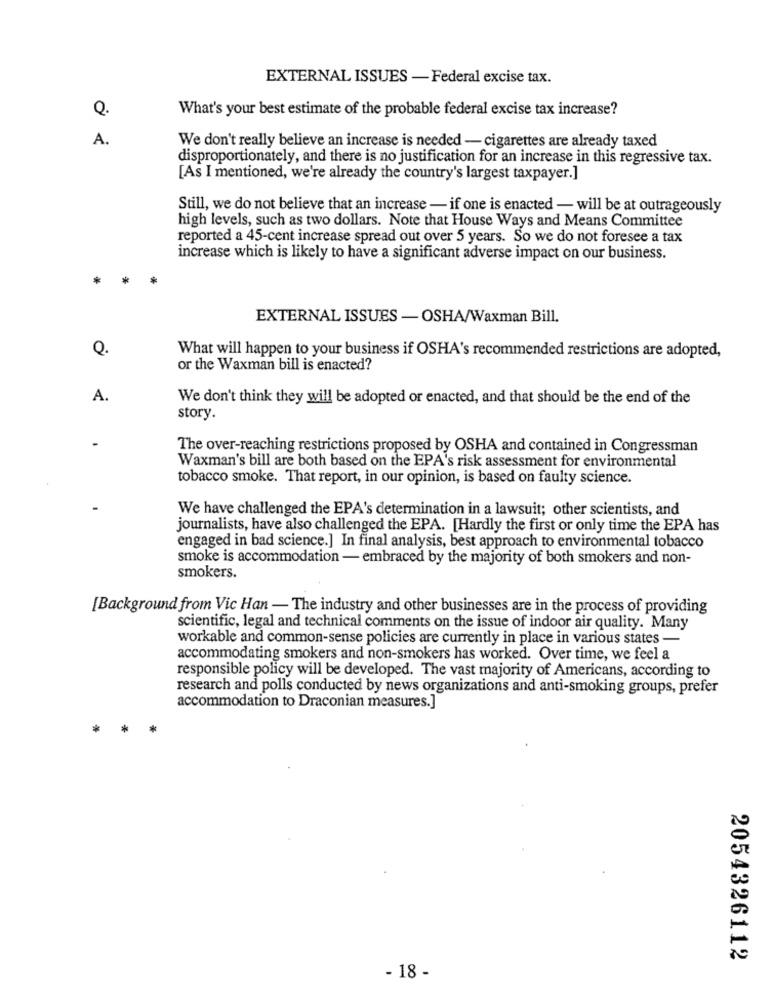
EXTERNAL ISSUES - Federal excise tax.
Q.
What's your best estimate of the probable federal excise tax increase?
A.
We don't really believe an increase is needed - cigarettes are already taxed
disproportionately, and there is no justification for an increase in this regressive tax.
[As I mentioned, we're already the country's largest taxpayer.]
Still, we do not believe that an increase - if one is enacted - will be at outrageously
high levels, such as two dollars. Note that House Ways and Means Committee
reported a 45-cent increase spread out over 5 years. So we do not foresee a tax
increase which is likely to have a significant adverse impact on our business.
*
*
EXTERNAL ISSUES -OSHA/Waxman Bill.
Q.
What will happen to your business if OSHA's recommended restrictions are adopted,
or the Waxman bill is enacted?
A.
We don't think they will be adopted or enacted, and that should be the end of the
story.
The over-reaching restrictions proposed by OSHA and contained in Congressman
Waxman's bill are both based on the EPA's risk assessment for environmental
tobacco smoke. That report, in our opinion, is based on faulty science.
We have challenged the EPA's determination in a lawsuit; other scientists, and
journalists, have also challenged the EPA. [Hardly the first or only time the EPA has
engaged in bad science.] In final analysis, best approach to environmental tobacco
smoke is accommodation - embraced by the majority of both smokers and non-
smokers.
[Background from Vic Han - The industry and other businesses are in the process of providing
scientific, legal and technical comments on the issue of indoor air quality. Many
workable and common-sense policies are currently in place in various states -
accommodating smokers and non-smokers has worked. Over time, we feel a
responsible policy will be developed. The vast majority of Americans, according to
research and polls conducted by news organizations and anti-smoking groups, prefer
accommodation to Draconian measures.]
*
2054326112
- 18 -